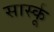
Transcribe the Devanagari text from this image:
सार्स्कू